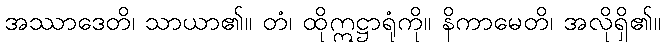
အဿာဒေတိ၊ သာယာ၏။ တံ၊ ထိုဣဋ္ဌာရုံကို။ နိကာမေတိ၊ အလိုရှိ၏။